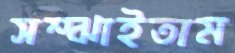
সম্‌ঝাইতাম